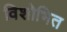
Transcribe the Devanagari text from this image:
विशोभित